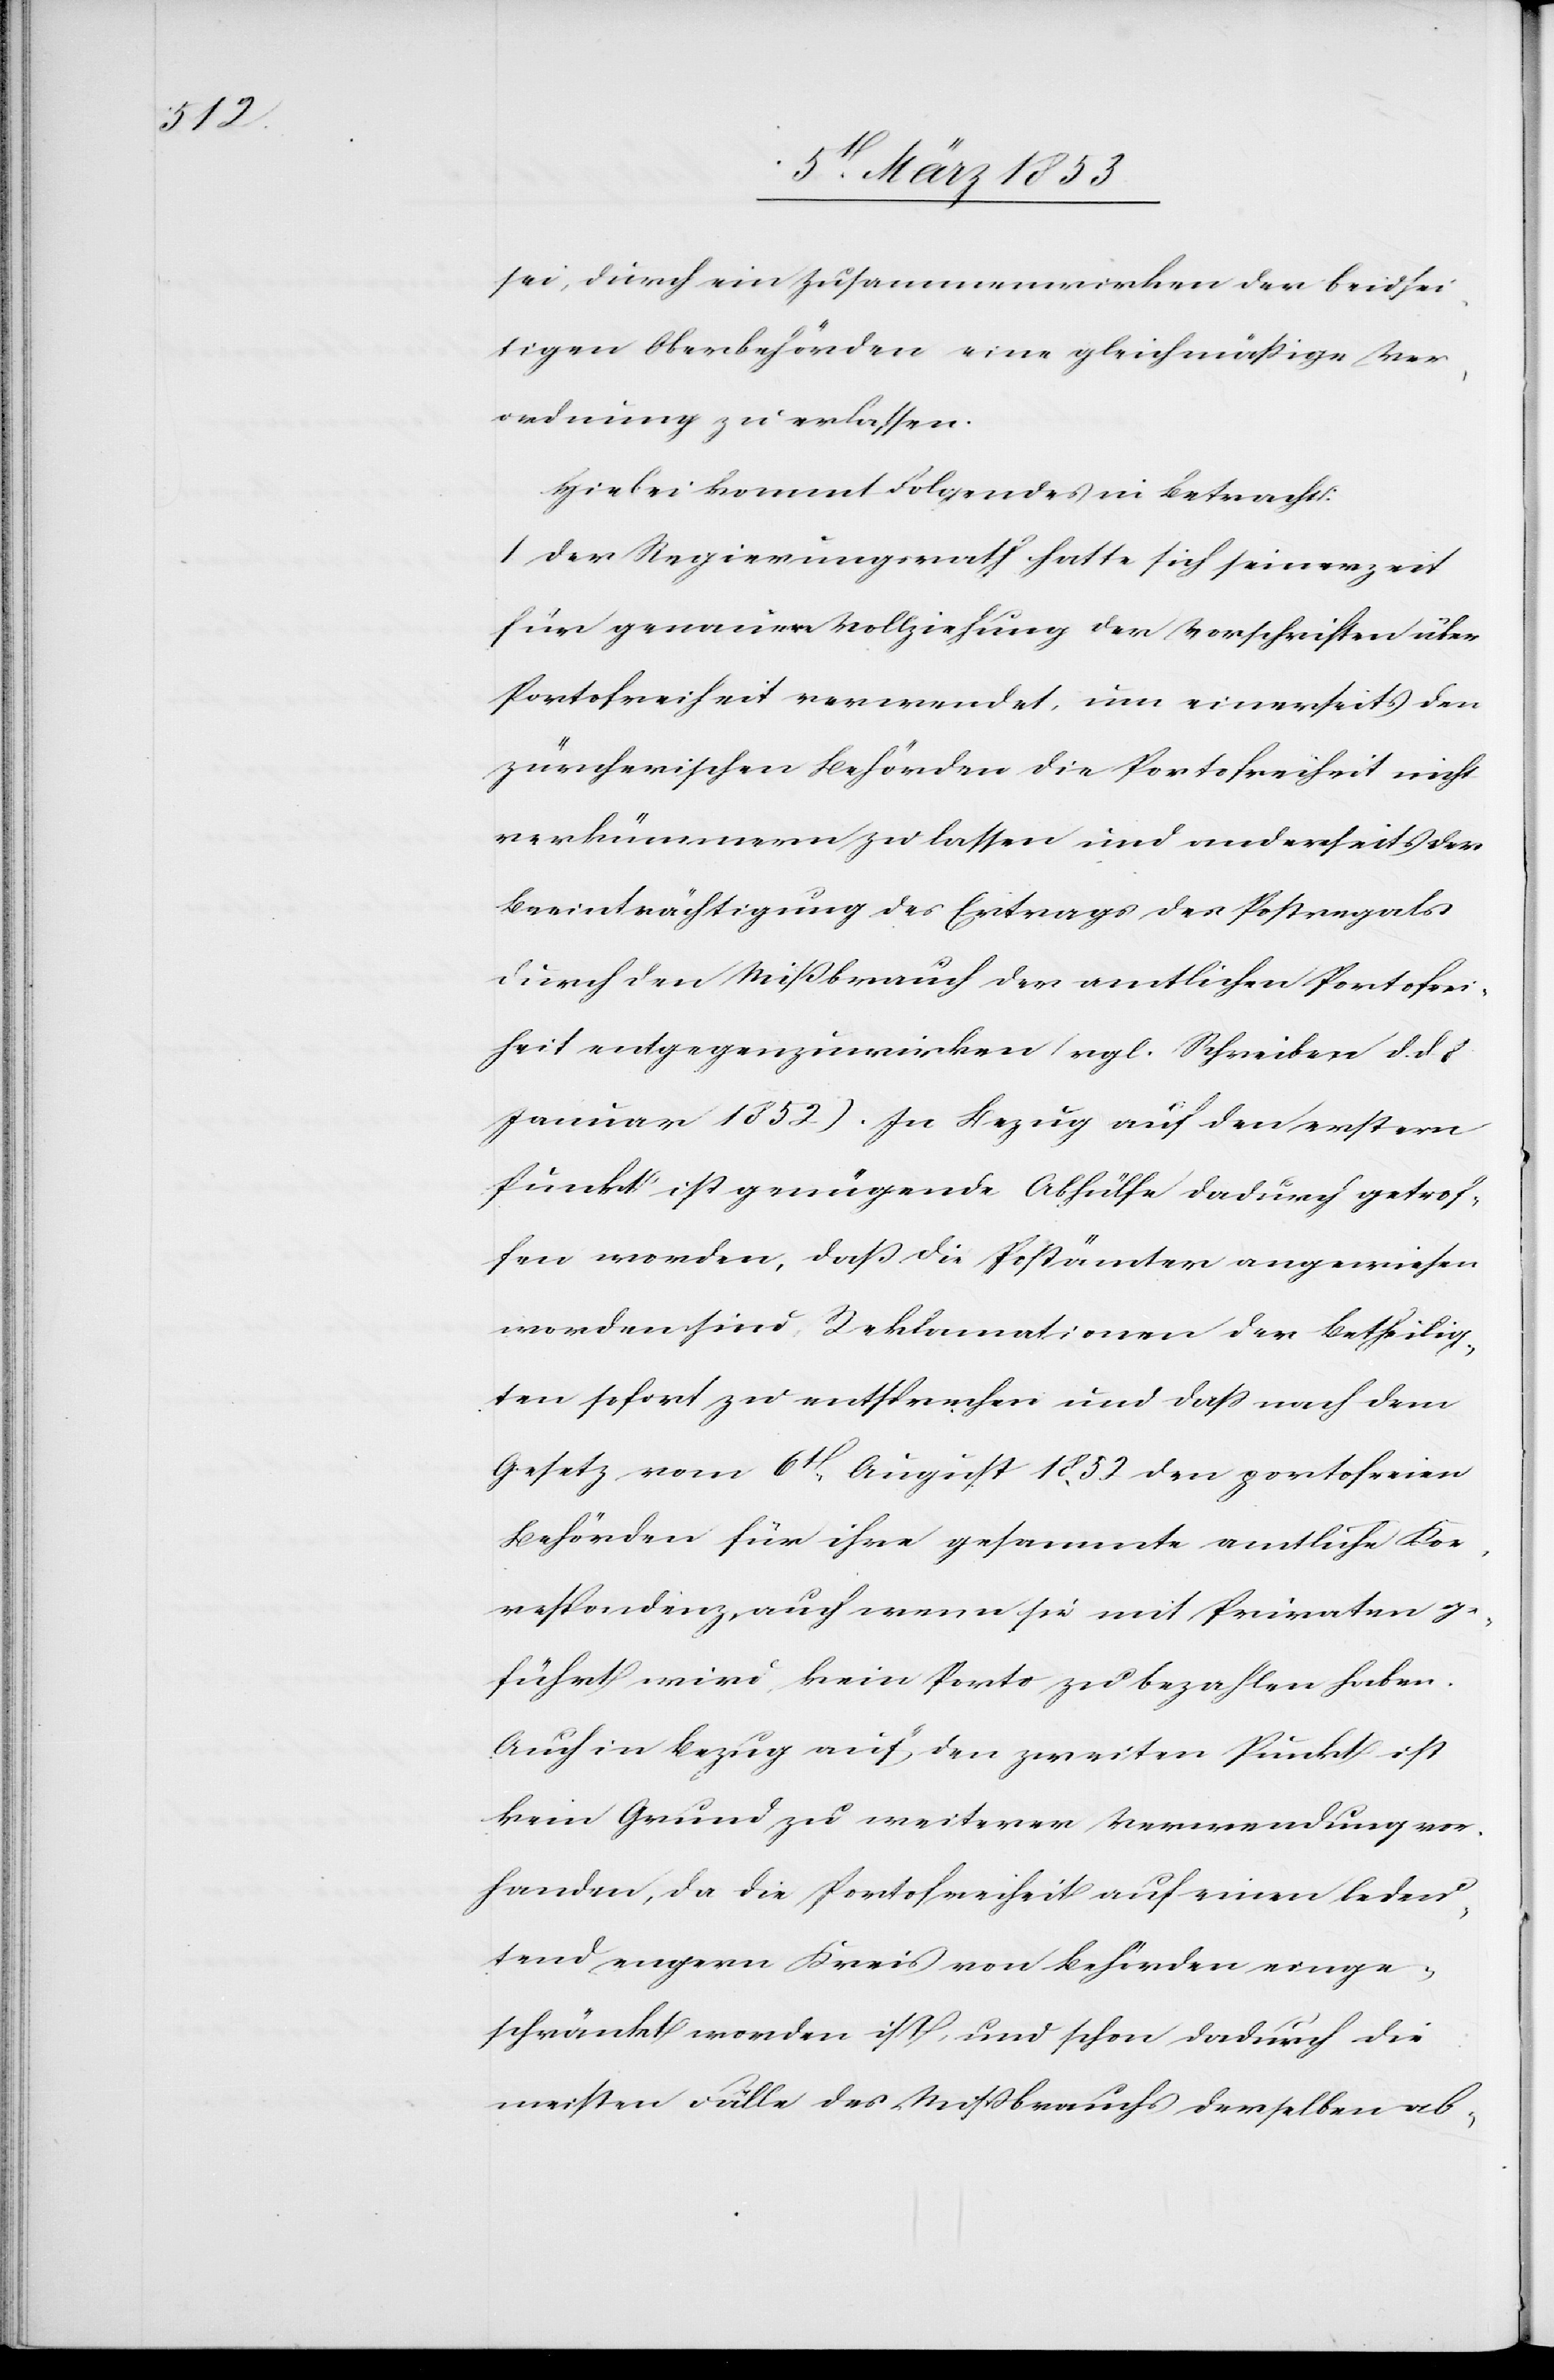
sei, durch ein Zusammenwirken der beidsei¬
tigen Oberbehörden eine gleichmäßige Ver¬
ordnung zu erlassen.
Hiebei kommt Folgendes in Betracht:
I. Der Regierungsrath hatte sich seinerzeit
für genauere Vollziehung der Vorschriften über
Portofreiheit verwendet, um einerseits den
zürcherischen Behörden die Portofreiheit nicht
verkümmern zu lassen und anderseits der
Beeinträchtigung des Ertrags des Postregals
durch den Mißbrauch der amtlichen Portofrei¬
heit entgegenzuwirken (vgl. Schreiben d. d. 8.
Januar 1852). In Bezug auf den erstern
Punkt ist genügende Abhülfe dadurch getrof¬
fen worden, daß die Postämter angewiesen
worden sind, Reklamationen der Betheilig¬
ten sofort zu entsprechen und daß nach dem
Gesetz vom 6t. August 1852 den portofreien
Behörden für ihre gesammte amtliche Kor¬
respondenz, auch wenn sie mit Privaten ge¬
führt wird, kein Porto zu bezahlen haben.
Auch in Bezug auf den zweiten Punkt ist
kein Grund zu weiterer Verwendung vor¬
handen, da die Portofreiheit auf einen bedeu¬
tend engern Kreis von Behörden einge¬
schränkt worden ist, und schon dadurch die
meisten Fälle des Mißbrauchs derselben ab-